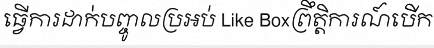
ធ្វើការដាក់បញ្ចូលប្រអប់ Like Boxព្រឹត្តិការណ៍បើក